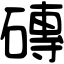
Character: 磚